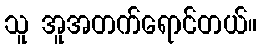
သူ အူအတက်ရောင်တယ်။